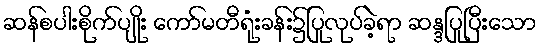
ဆန်စပါးစိုက်ပျိုး ကော်မတီရုံးခန်း၌ပြုလုပ်ခဲ့ရာ ဆန္ဒပြုပြီးသော